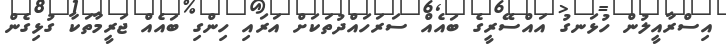
އިސްރާއީލުން ހުޅަނގު އައްސޭރީގެ ބައެއް ސަރަހައްދުތަކަށް އަރައި ހިންގި ބައެއް ޖަރީމާތަކާ ގުޅިގެން